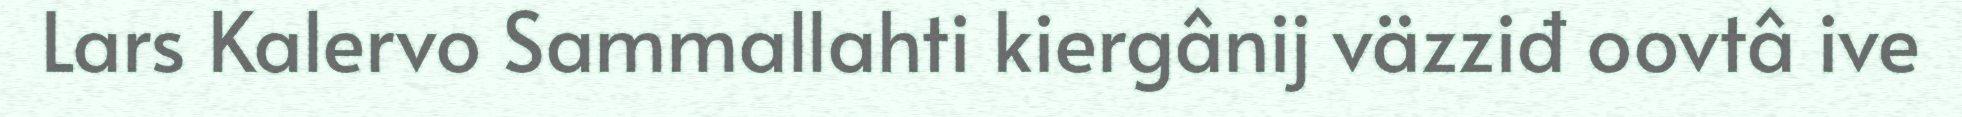
Lars Kalervo Sammallahti kiergânij väzziđ oovtâ ive